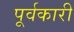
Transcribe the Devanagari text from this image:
पूर्वकारी